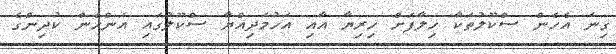
ގިނަ އެހެން ސްކޫލުތަކާ ހިލާފަށް ހިރިޔާ އާއި އަހުމަދިއްޔާ ސްކޫލުގައި އަންހެން ކުދިންގެ